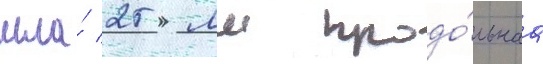
шла́ 25 мм продо́льнаа